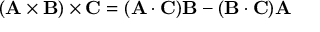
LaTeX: ( \mathbf { A } \times \mathbf { B } ) \times \mathbf { C } = ( \mathbf { A } \cdot \mathbf { C } ) \mathbf { B } - ( \mathbf { B } \cdot \mathbf { C } ) \mathbf { A }